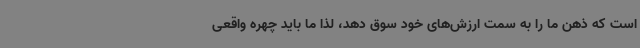
است که ذهن ما را به سمت ارزش‌های خود سوق دهد، لذا ما باید چهره واقعی